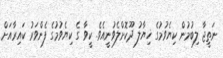
ނަތީޖާ ލިބުމުން ކިޔެވުމުގެ ޚިޔާލު ދޫކޮށްލެވުނީއެވެ. ކީވާ ގެ ކިޔެވުމުގެ ފެންވަރު ކައިރާއަށް